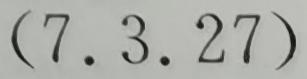
$(7.3.27)$